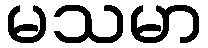
မသမာ